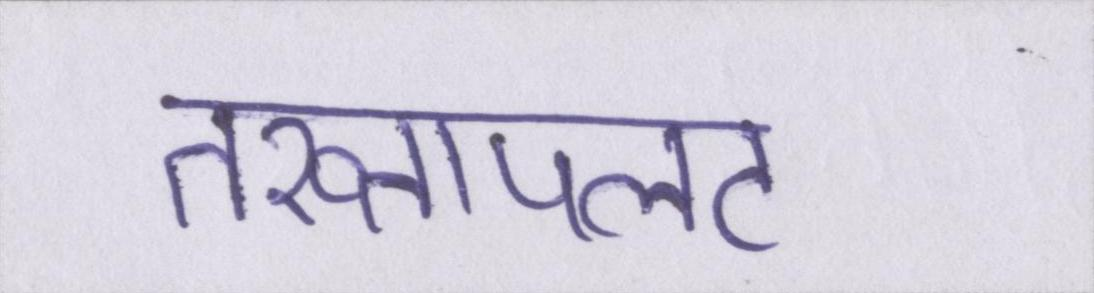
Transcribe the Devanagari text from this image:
तख्तापलट